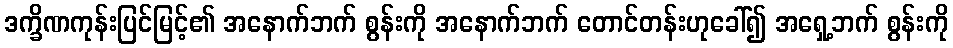
ဒက္ခိဏကုန်းပြင်မြင့်၏ အနောက်ဘက် စွန်းကို အနောက်ဘက် တောင်တန်းဟုခေါ်၍ အရှေ့ဘက် စွန်းကို